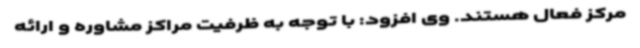
مرکز فعال هستند. وی افزود: با توجه به ظرفیت مراکز مشاوره و ارائه